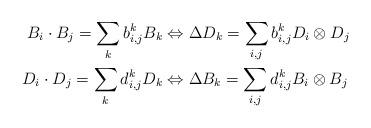
LaTeX: \begin{align*}B_i\cdot B_j = \sum_{k} b_{i,j}^k B_k &\Leftrightarrow \Delta D_k = \sum_{i,j} b_{i,j}^k D_i \otimes D_j\\D_i \cdot D_j =\sum_{k} d_{i,j}^k D_k &\Leftrightarrow \Delta B_k = \sum_{i,j} d_{i,j}^k B_i \otimes B_j\end{align*}